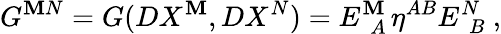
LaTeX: G^{\mathbf{M}N}=G(DX^{\mathbf{M}},DX^{N})=E_{~~A}^{\mathbf{M}~}\eta^{AB}E_{~~B}^{N}~,